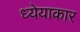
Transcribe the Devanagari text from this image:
ध्येयाकार